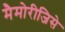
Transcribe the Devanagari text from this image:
मैमोरीजिसे